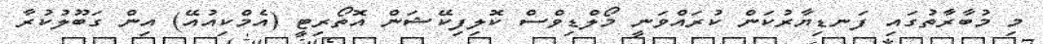
މި މުބާރާތުގައި ފަނޑިޔާރުކަން ކުރައްވަނީ މޯލްޑިވްސް ކޮލިފިކޭޝަން އޮތޯރިޓީ (އެމްކިއުއޭ) އިން ގަބޫލުކުރާ